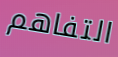
التفاهم